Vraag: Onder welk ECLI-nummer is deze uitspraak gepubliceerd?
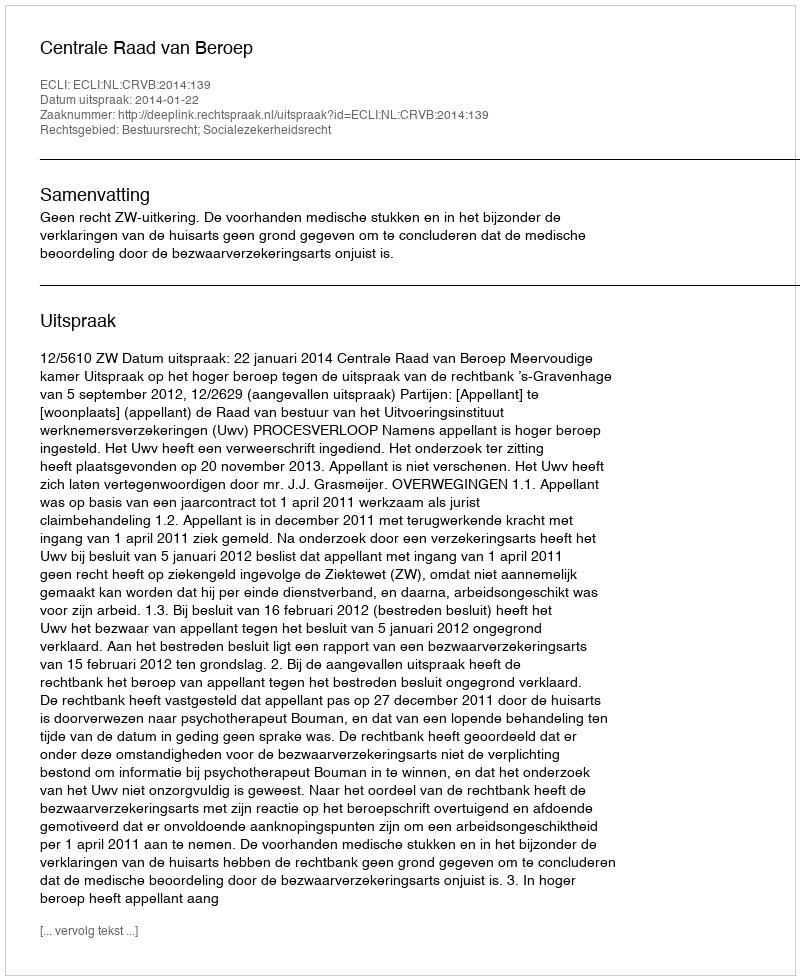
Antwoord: ECLI:NL:CRVB:2014:139